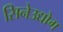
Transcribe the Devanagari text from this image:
सिनेउद्योग